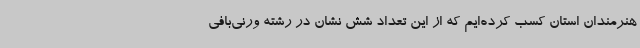
هنرمندان استان کسب کرده‌ایم که از این تعداد شش نشان در رشته ورنی‌بافی